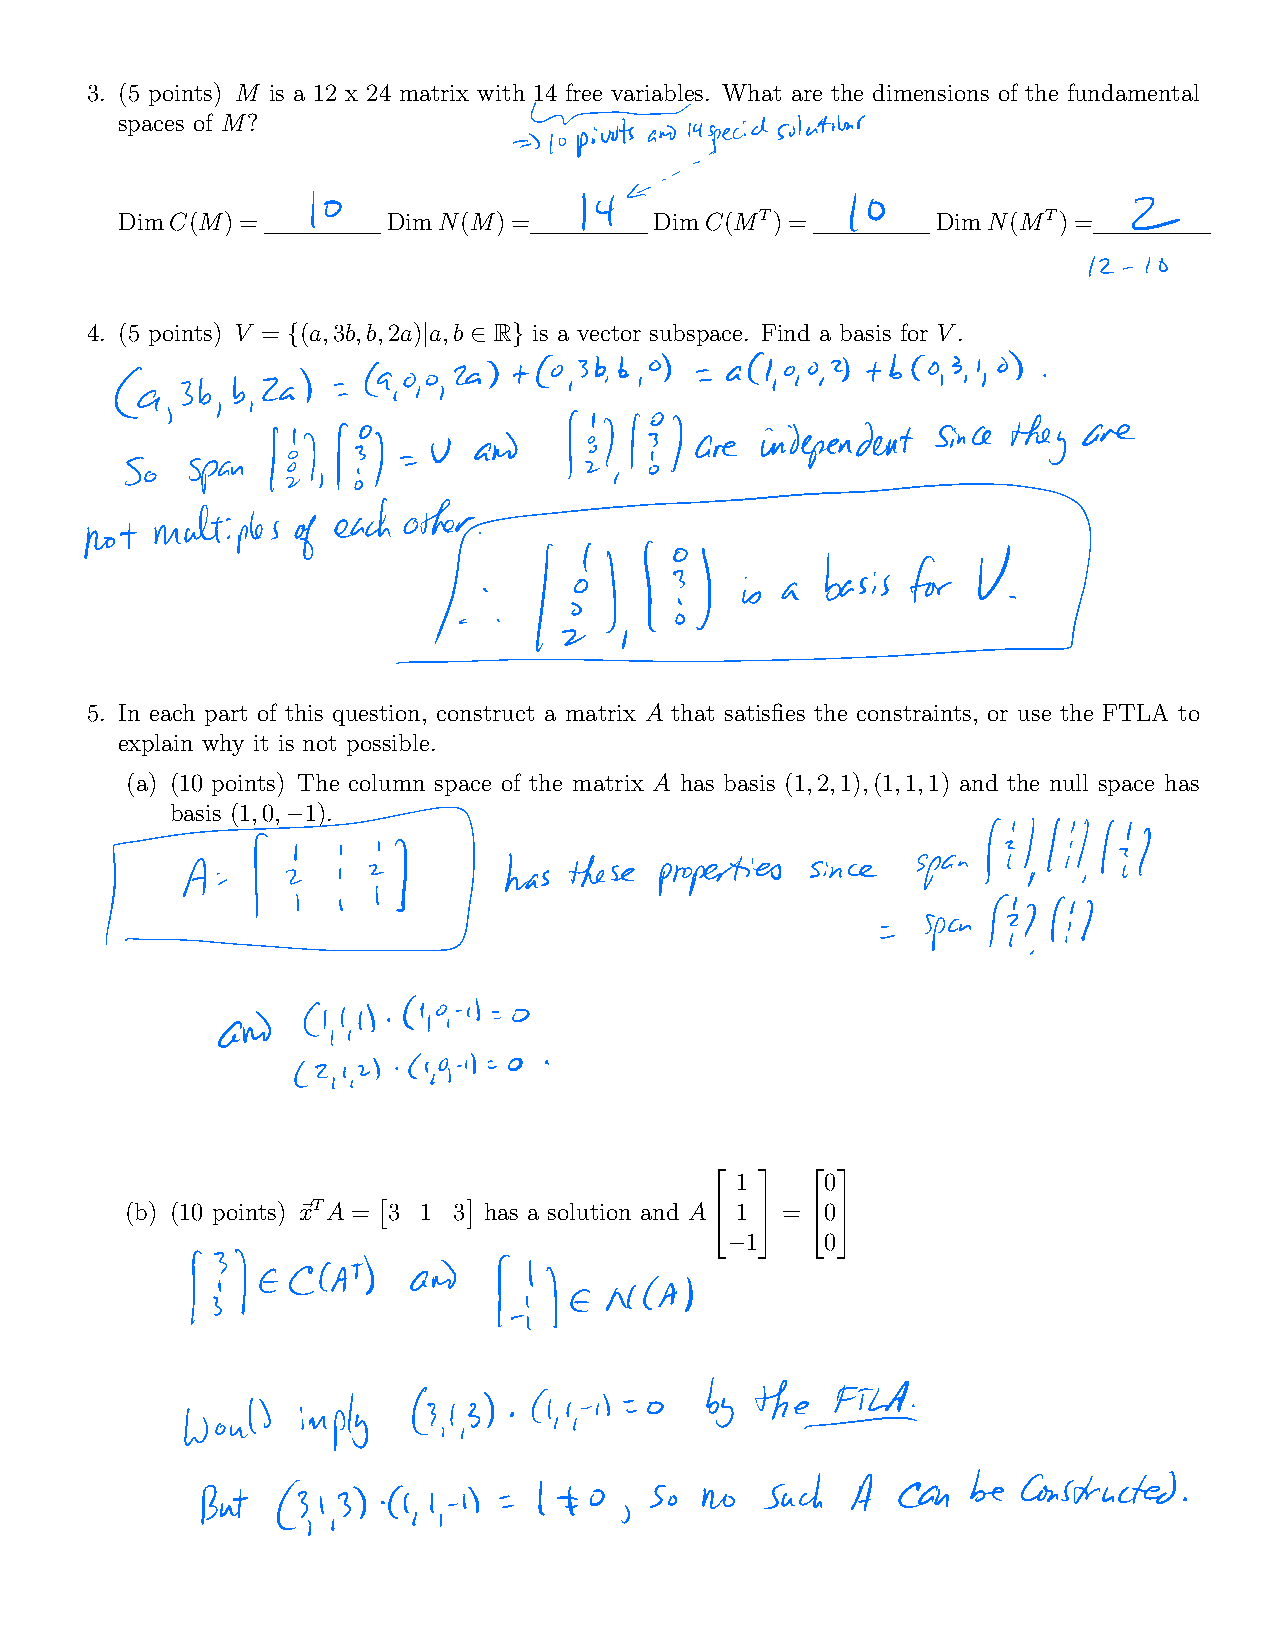
3. (5 points) M is a 12 x 24 matrix with 14 free variables. What are the dimensions of the fundamental
 spaces of M?
 Toprotsana        solutions
 special
 DimC(M)=    10    DimN(M)=    14   DimC(MT)=    10    DimN(MT)=
 I
 12
 4. (5 points) V = (a,3b,b,2a) a,b R is a vector subspace. Find a basis for V.
 {        |  2  }
 0,3bb  o    a 1,00,2   b o3,1 o
 3b b Za
 9,00,29
 a
 El                     sincethey  are
 El         v and            are independent
 So  span
 eachother
 multiples
 not           of
 i.lt       1
 1iabasisfXA
 5. In each part of this question, construct a matrix A that satisfies the constraints, or use the FTLA to
 explain why it is not possible.
 (a) (10 points) The column space of the matrix A has basis (1,2,1),(1,1,1) and the null space has
 basis (1,0, 1).

 lil
 441
 fti             hasthese  properties since span
 spank
 d
 19    o
 and     lil
 2 1,2
 49i   0
 1     0
 (b) (10 points) ~xTA = 3 1 3 has a solution and A 1 = 0
 2  3  2 3
 1     0
 ⇥     ⇤
 I    ECLAT     and                 4  5  4 5
 I     NCA
 e
 would  imply    31,3   Citi    o  by  the  FEI
 But   3     Cl l 4    140     so no  such  A  can  be constructed
 1,3